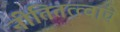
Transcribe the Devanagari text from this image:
नीतितत्त्वांचे